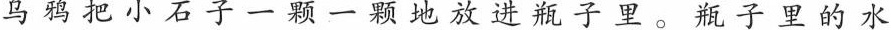
乌鸦把小石子一颗一颗地放进瓶子里。瓶子里的水